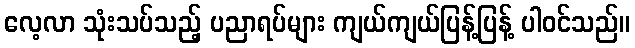
လေ့လာ သုံးသပ်သည့် ပညာရပ်များ ကျယ်ကျယ်ပြန့်ပြန့် ပါဝင်သည်။